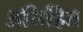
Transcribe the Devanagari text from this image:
अधिहित